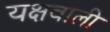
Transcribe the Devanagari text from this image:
यक्षवाली